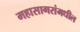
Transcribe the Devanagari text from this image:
महासागरांमधील